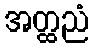
အတ္ထညံ